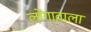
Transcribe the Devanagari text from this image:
लोंगावाला